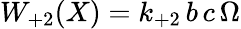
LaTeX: W_{+2}(X)=k_{+2}\, b\, c\, \Omega